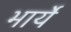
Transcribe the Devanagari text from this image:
भार्ये